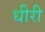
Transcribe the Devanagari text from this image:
धीरी